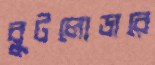
বুটলোডারে